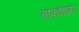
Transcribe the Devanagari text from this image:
वाफशावर